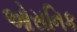
ઓસનિક